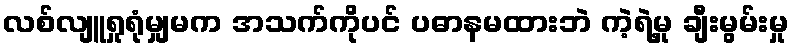
လစ်လျူရှုရုံမျှမက အသက်ကိုပင် ပဓာနမထားဘဲ ကဲ့ရဲ့မှု ချီးမွမ်းမှု